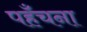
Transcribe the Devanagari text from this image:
पहँचना